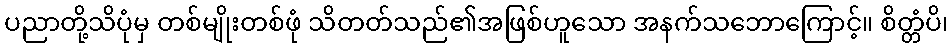
ပညာတို့သိပုံမှ တစ်မျိုးတစ်ဖုံ သိတတ်သည်၏အဖြစ်ဟူသော အနက်သဘောကြောင့်။ စိတ္တံပိ၊